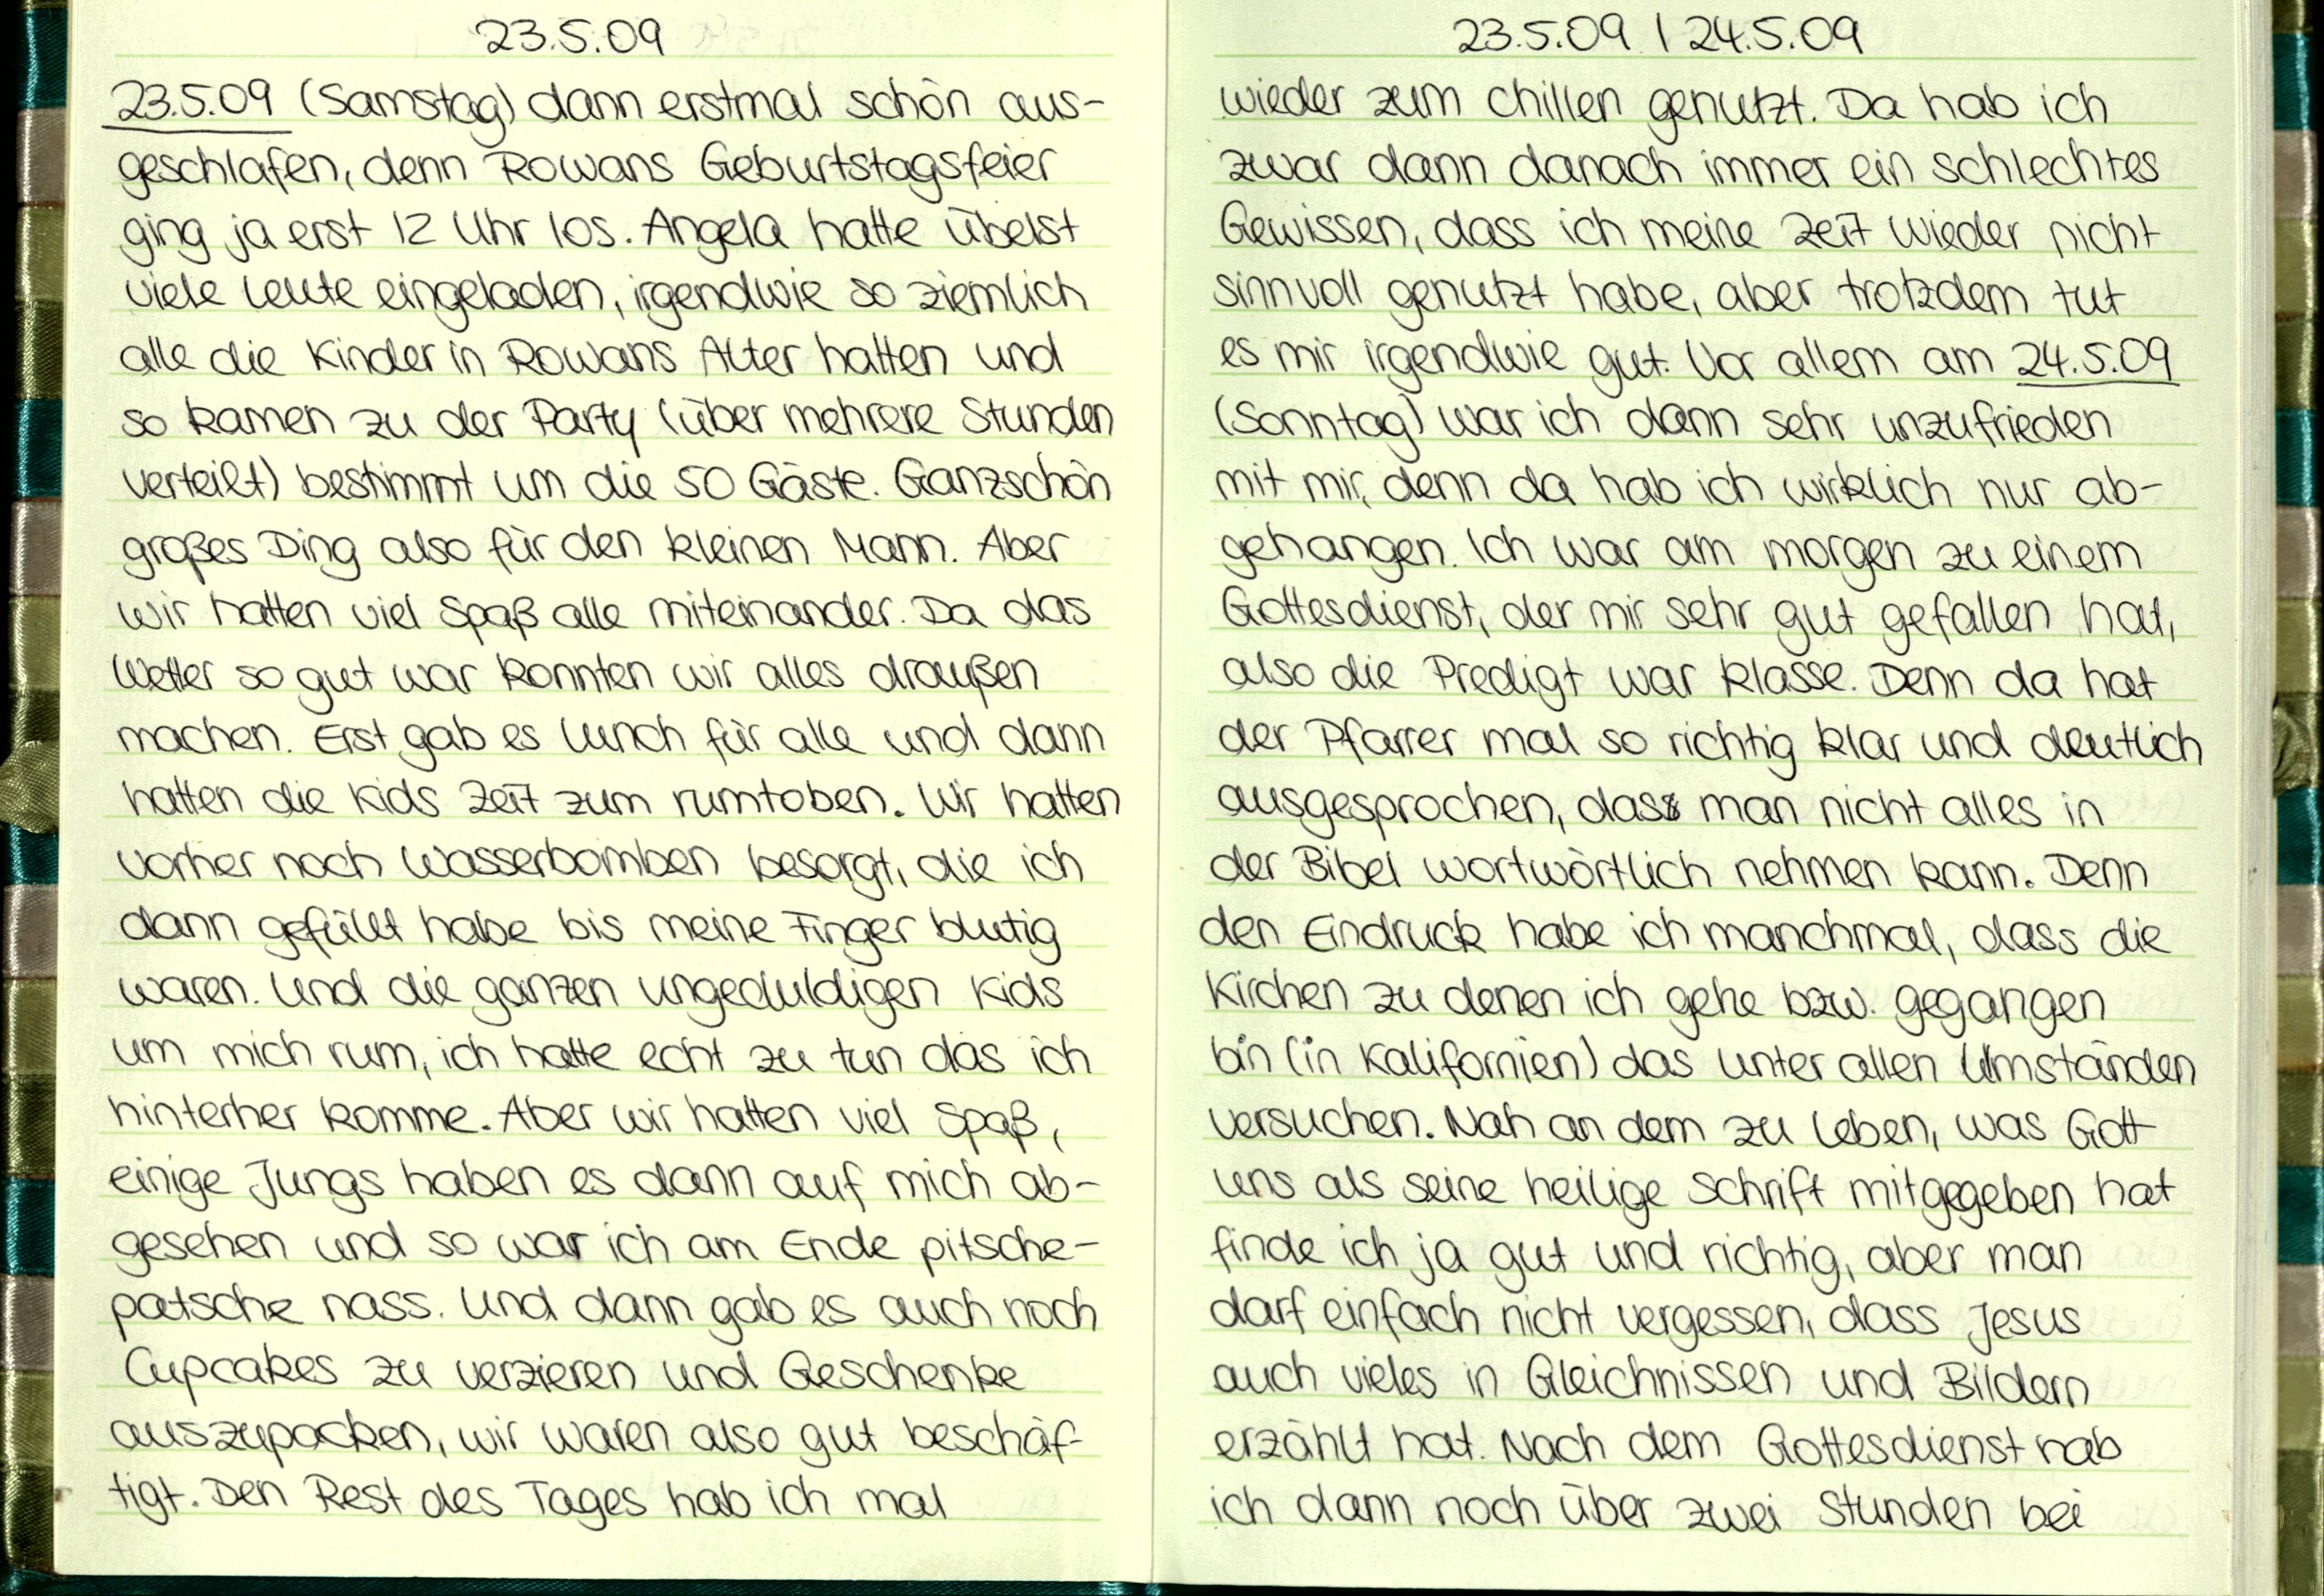
23.5.09
23.5.09 (Samstag) dann erstmal schön aus-
geschlafen, denn Rowans Geburtstagsfeier
ging ja erst 12 Uhr los. Angela hatte übelst
viele Leute eingeladen, irgendwie so ziemlich
alle die Kinder in Rowans Alter hatten und
so kamen zu der Party (über mehrere Stunden
verteilt) bestimmt um die 50 Gäste. Ganzschön
großes Ding also für den kleinen Mann. Aber
wir hatten viel Spaß alle miteinander. Da das
Wetter so gut war konnten wir alles draußen
machen. Erst gab es Lunch für alle und dann
hatten die Kids Zeit zum rumtoben. Wir hatten
Vorher noch Wasserbomben besorgt, die ich
dann gefüllt habe bis meine Finger blutig
waren. Und die ganzen ungeduldigen Kids
um mich rum, ich hatte echt zu tun das ich
hinterher komme. Aber wir hatten viel Spaß
einige Jungs haben es dann auf mich ab-
gesehen und so war ich am Ende pitsche-
patsche nass. Und dann gab es auch noch
Cupcakes zu verzieren und Geschenke
auszupacken, wir waren also gut beschäf-
tigt. Den Rest des Tages hab ich mal

23.5.09 /24.5.09
wieder zum chillen genutzt. Da hab ich
zwar dann danach immer ein schlechtes
Gewissen, dass ich meine Zeit wieder nicht
sinnvoll genutzt habe, aber trotzdem tut
es mir irgendwie gut. Vor allem am 24.5.09
(Sonntag) war ich dann sehr unzufrieden
mit mir denn da hab ich wirklich nur ab-
gehangen. Ich war am morgen zu einem
Gottesdienst, der mir sehr gut gefallen hat,
also die Predigt war klasse. Denn da hat
der Pfarrer mal so richtig klar und deutlich
ausgesprochen, dass man nicht alles in
der Bibel wortwörtlich nehmen kann. Denn
den Eindruck habe ich manchmal, dass die
Kirchen zu denen ich gehe bzw. gegangen
bin (in Kalifornien) das unter allen Umständen
versuchen. Nah an dem zu Leben, was Gott
uns als seine heilige Schrift mitgegeben hat
finde ich ja gut und richtig, aber man
darf einfach nicht vergessen, dass Jesus
auch vieles in Gleichnissen und Bildern
erzählt hat. Nach dem Gottesdienst hab
ich dann noch über zwei Stunden bei